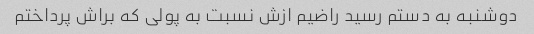
دوشنبه به دستم رسید راضیم ازش نسبت به پولی که براش پرداختم